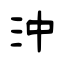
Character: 沖